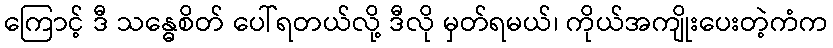
ကြောင့် ဒီ သန္ဓေစိတ် ပေါ်ရတယ်လို့ ဒီလို မှတ်ရမယ်၊ ကိုယ်အကျိုးပေးတဲ့ကံက